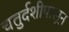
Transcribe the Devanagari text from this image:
चतुर्दशीपासून